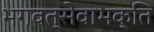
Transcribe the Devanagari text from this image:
भगवत्सेवाभक्ति